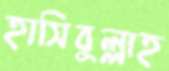
হাসিবুল্লাহ